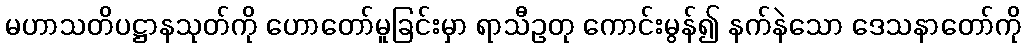
မဟာသတိပဋ္ဌာနသုတ်ကို ဟောတော်မူခြင်းမှာ ရာသီဥတု ကောင်းမွန်၍ နက်နဲသော ဒေသနာတော်ကို